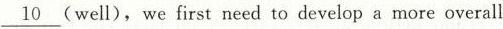
\underline{10}(well),we first need to develop a more overall